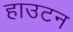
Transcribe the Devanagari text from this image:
हाउटन